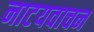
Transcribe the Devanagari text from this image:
नाटयवाचन